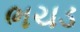
ભચડ